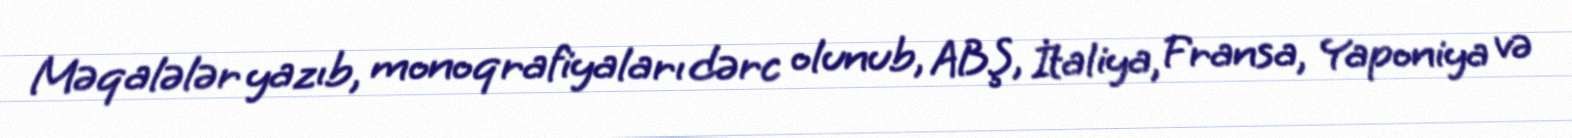
Məqalələr yazıb, monoqrafiyaları dərc olunub, ABŞ, İtaliya, Fransa, Yaponiya və